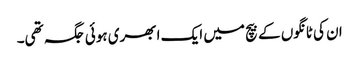
ان کی ٹانگوں کے بیچ میں ایک ابھری ہوئی جگہ تھی۔